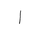
Letter: _alif